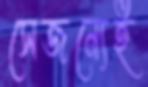
সেজন্যেই